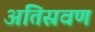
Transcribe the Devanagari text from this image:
अतिस्रवण